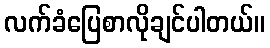
လက်ခံပြေစာလိုချင်ပါတယ်။